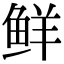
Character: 鲜